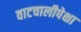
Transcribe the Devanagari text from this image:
वाटचालीपेक्षा